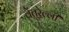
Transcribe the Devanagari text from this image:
वेंतुरेल्ली